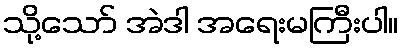
သို့သော် အဲဒါ အရေးမကြီးပါ။